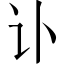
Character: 讣